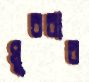
ঘুরবার